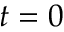
t = 0